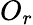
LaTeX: O_{r}